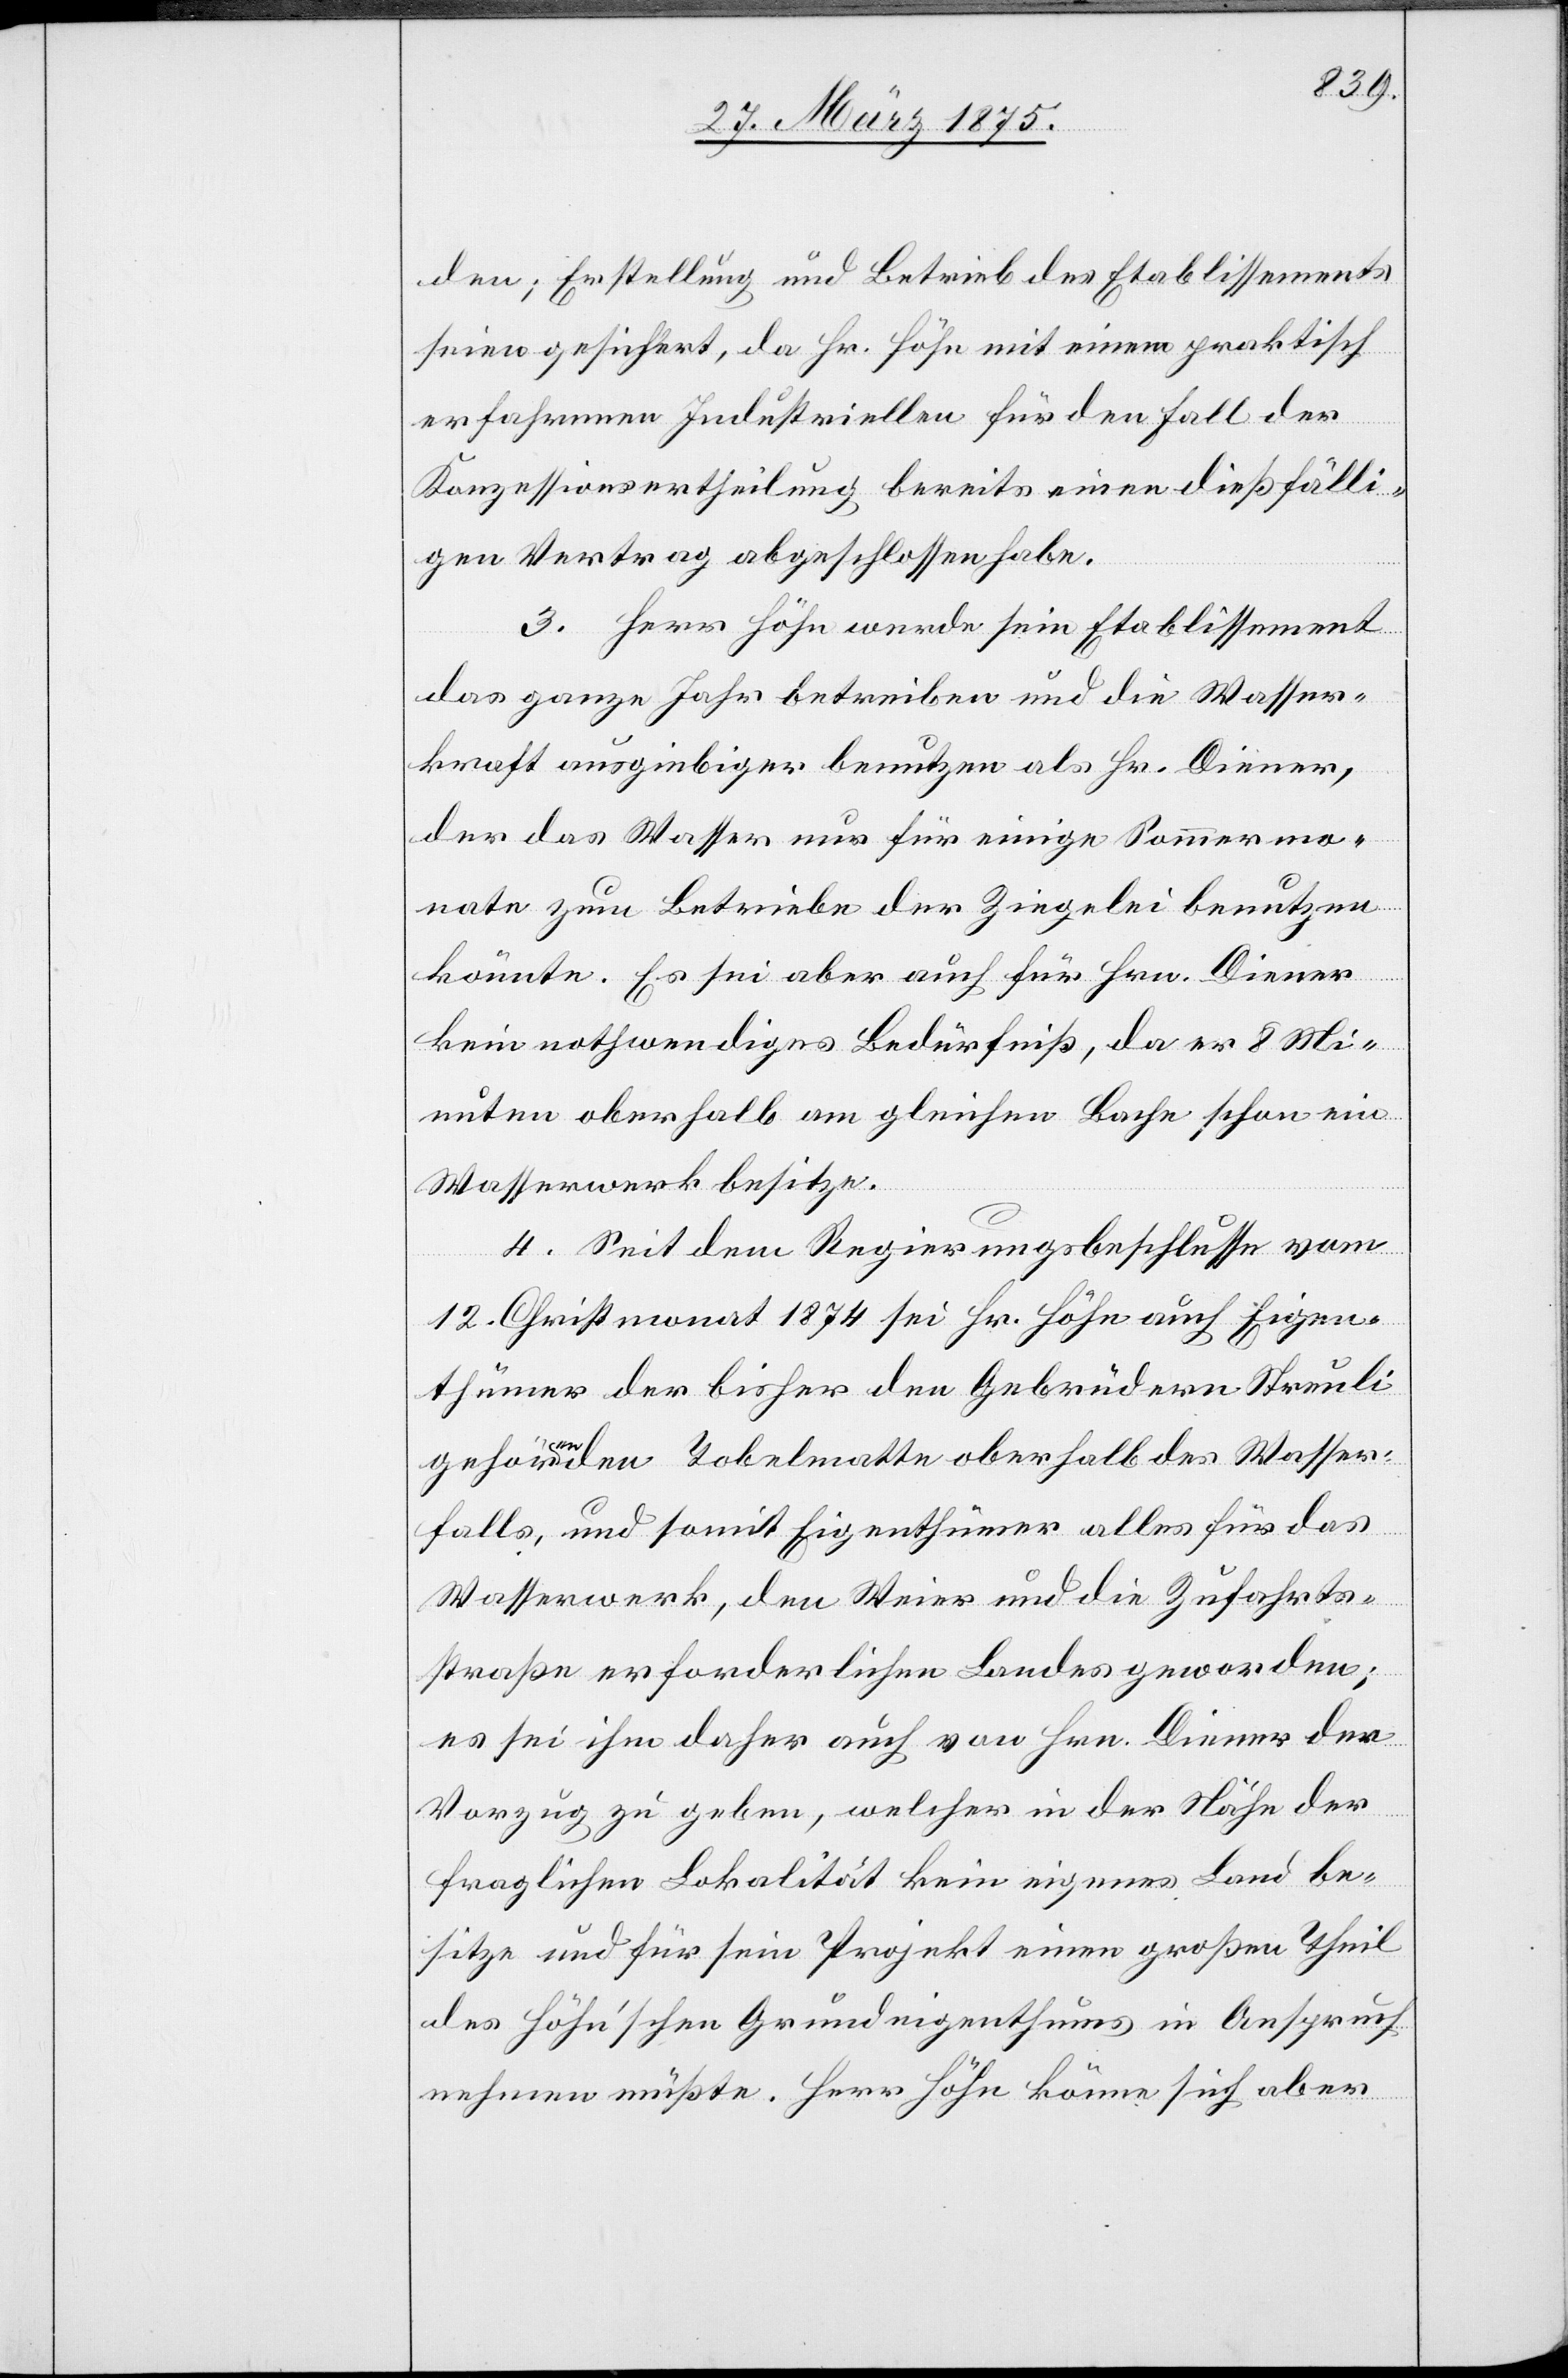
den; Erstellung und Betrieb des Etablissements
seien gesichert, da Hr. Höhn mit einem praktisch
erfahrenen Industriellen für den Fall der
Konzessionsertheilung bereits einen dießfälli¬
gen Vertrag abgeschlossen habe.
3. Herr Höhn werde sein Etablissement
das ganze Jahr betreiben und die Wasser¬
kraft ausgiebiger benutzen als Hr. Diener,
der das Wasser nur für einige Sommermo¬
nate zum Betrieb der Ziegelei benutzen
könnte. Es sei aber auch für Hrn. Diener
kein nothwendiges Bedürfniß, da er 8 Mi¬
nuten oberhalb am gleichen Bachen schon ein
Wasserwerk besitze.
4. Seit dem Regierungsbeschlusse vom
12. Christmonat 1874 sei Hr. Höhn auch Eigen¬
thümer der bisher den Gebrüdern Streuli
gehörenden Tobelmatte oberhalb des Wasser¬
falls, und somit Eigenthümer alles für das
Wasserwerk, den Weier und die Zufahrts¬
straße erforderlichen Landes geworden;
es sei ihm daher auch von Hrn. Diener den
Vorzug zu geben, welcher in der Nähe der
fraglichen Lokalität kein eigenes Land be¬
sitze und für sein Projekt einen großen Theil
des höhn’schen Grundeigenthums in Anspruch
nehmen müßte. Herr Höhn könne sich aber